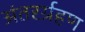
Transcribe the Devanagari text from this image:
अंतरर्ग्रहण